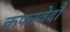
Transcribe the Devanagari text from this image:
कफस्वेदौ